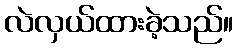
လဲလှယ်ထားခဲ့သည်။